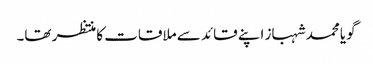
گویا محمد شہباز اپنے قائد سے ملاقات کا منتظر تھا۔